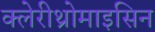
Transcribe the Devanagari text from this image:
क्लेरीथ्रोमाइसिन